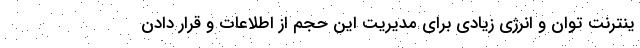
ینترنت توان و انرژی زیادی برای مدیریت این حجم از اطلاعات و قرار دادن